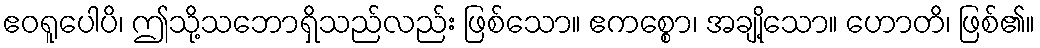
ဧဝရူပေါပိ၊ ဤသို့သဘောရှိသည်လည်း ဖြစ်သော။ ဧကစ္စော၊ အချို့သော။ ဟောတိ၊ ဖြစ်၏။